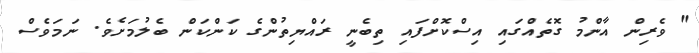
" ވެރިން އާންމު ގޮތެއްގައި އިސްކޮށްފައި ތިބެނީ ރައްޔިތުންގެ ކަންކަން ބެލުމަށެވެ. ނަމަވެސް